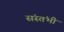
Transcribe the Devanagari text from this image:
संस्तंभी